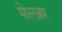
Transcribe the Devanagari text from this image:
मेल्ज़र